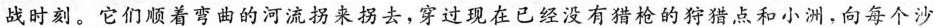
战时刻。它们顺着弯曲的河流拐来拐去，穿过现在已经没有猎枪的狩猎点和小洲，向每个沙